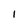
Character: 1